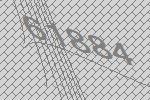
61884